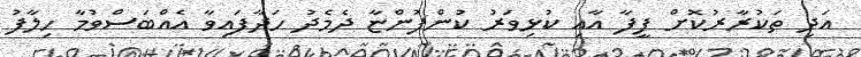
އަދި ތަކުރާރުކޮށް ފީފާ އާއި ކުޅިވަރު ކުންފުންޏާ ދެމެދު ހަދާފައިވާ އެއްބަސްވުމާ ހިލާފު